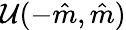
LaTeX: \mathcal{U}(-\hat{m},\hat{m})